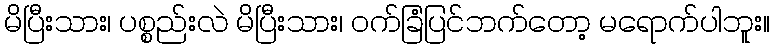
မိပြီးသား၊ ပစ္စည်းလဲ မိပြီးသား၊ ဝက်ခြံပြင်ဘက်တော့ မရောက်ပါဘူး။